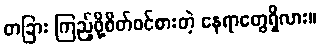
တခြား ကြည့်ဖို့စိတ်ဝင်စားတဲ့ နေရာတွေရှိလား။